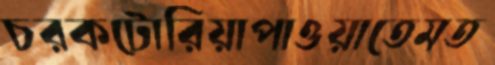
চরকটোরিয়াপাওয়াতেমত